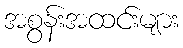
အစွန်းအထင်းများ